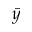
\bar { y }